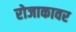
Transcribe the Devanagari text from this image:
रोजाकावर